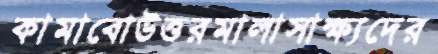
কামাবোউত্তরমালাসাক্ষ্যদের